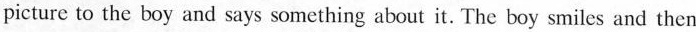
picture to the boy and says something about it. The boy smiles and then